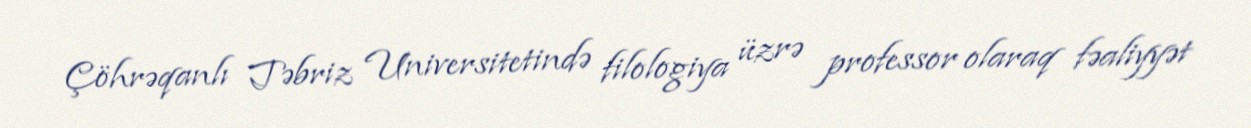
Çöhrəqanlı Təbriz Universitetində filologiya üzrə professor olaraq fəaliyyət